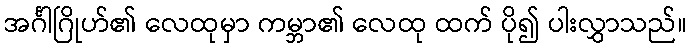
အင်္ဂါဂြိုဟ်၏ လေထုမှာ ကမ္ဘာ၏ လေထု ထက် ပို၍ ပါးလွှာသည်။